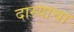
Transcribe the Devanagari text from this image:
दास्याचा